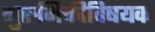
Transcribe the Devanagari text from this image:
गुरुभिक्तीविषयक